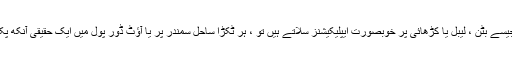
اگر آپ غسل پونچو ، جیسے بٹن ، لیبل یا کڑھائی پر خوبصورت ایپلیکیشنز سلاتے ہیں تو ، ہر ٹکڑا ساحل سمندر پر یا آؤٹ ڈور پول میں ایک حقیقی آنکھ پکڑنے والا بن جاتا ہے!